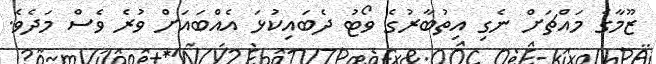
ޒޫމާގެ މައްޗަށް ނެގި އިތުބާރުގެ ވޯޓު ދެބައިކުޅަ އެއްބައަށް ވުރެ ވެސް މަދެވެ.